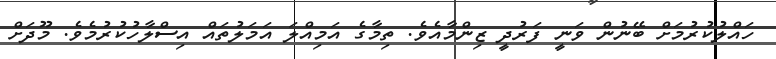
ހައްލުކުރުމަށް ބޭނުން ވަނީ ފަރުދީ ޒިންމާއެވެ. ތިމާގެ އަމިއްލަ އަމަލުތައް އިސްލާހުކުރުމެވެ. މޫދަށް